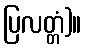
ပြလတ္တံ)။